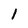
Character: 1